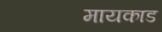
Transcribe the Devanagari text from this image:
मायकाड